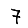
Digit: 7